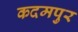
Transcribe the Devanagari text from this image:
कदमपुर